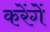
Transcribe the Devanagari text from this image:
करेंगेें